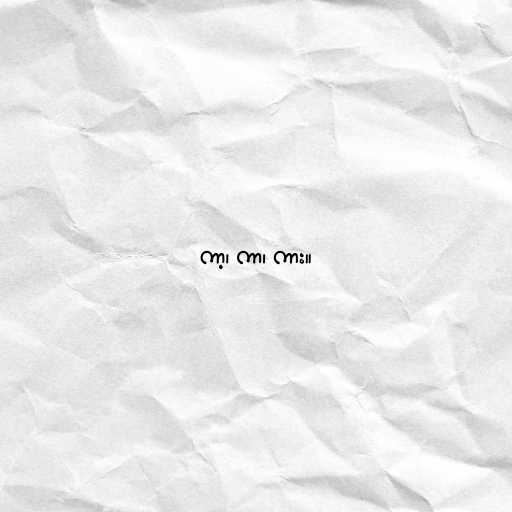
ကာ့၊ ကာ၊ ကား။